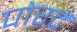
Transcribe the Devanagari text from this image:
पोरटें